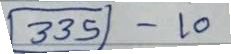
335 - 10